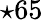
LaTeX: \star 65